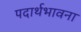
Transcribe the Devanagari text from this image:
पदार्थभावना